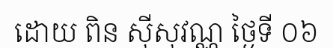
ដោយ ពិន ស៊ីសុវណ្ណ ថ្ងៃទី ០៦